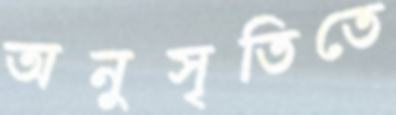
অনুসৃতিতে